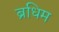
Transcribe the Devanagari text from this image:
ब्रधिम